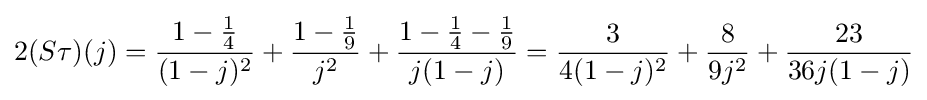
2(S\tau )(j)={\frac {1-{\frac {1}{4}}}{(1-j)^{2}}}+{\frac {1-{\frac {1}{9}}}{j^{2}}}+{\frac {1-{\frac {1}{4}}-{\frac {1}{9}}}{j(1-j)}}={\frac {3}{4(1-j)^{2}}}+{\frac {8}{9j^{2}}}+{\frac {23}{36j(1-j)}}